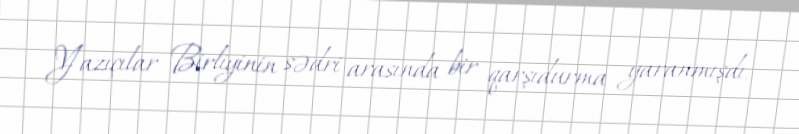
Yazıçılar Birliyinin sədri arasında bir qarşıdurma yaranmışdı.